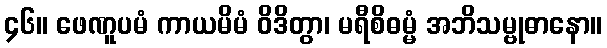
၄၆။ ဖေဏူပမံ ကာယမိမံ ဝိဒိတွာ၊ မရီစိဓမ္မံ အဘိသမ္ဗုဓာနော။